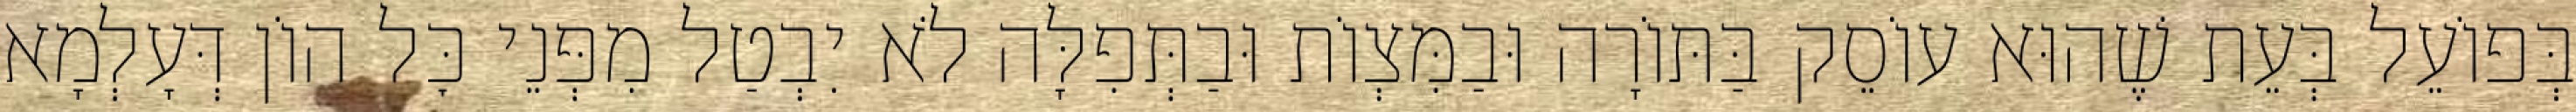
בְּפוֹעֵל בְּעֵת שֶׁהוּא עוֹסֵק בַּתּוֹרָה וּבַמִּצְוֹת וּבַתְּפִלָּה לֹא יִבְטַל מִפְּנֵי כׇּל הוֹן דְּעָלְמָא